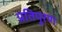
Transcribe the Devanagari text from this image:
प्रतिपूरण